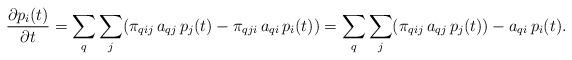
LaTeX: \begin{align*}\begin{array}{rl}\displaystyle{\frac{\partial p_i(t)}{\partial t} = \sum_q\sum_j (\pi_{qij}\,a_{qj}\,p_j(t)-\pi_{qji}\,a_{qi}\,p_i(t))= \sum_q\sum_j (\pi_{qij}\,a_{qj}\,p_j(t))-a_{qi}\,p_i(t)}.\end{array}\end{align*}